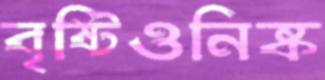
বৃষ্টিওনিষ্ক